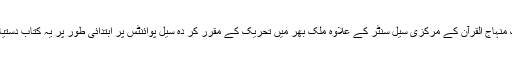
تحریک منہاج القرّآن کے مرکزی سیل سنٹر کے علاوہ ملک بھر میں تحریک کے مقرر کر دہ سیل پوائنٹس پر ابتدائی طور پر یہ کتاب دستیاب ہے۔